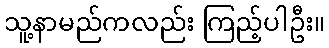
သူ့နာမည်ကလည်း ကြည့်ပါဦး။